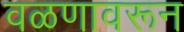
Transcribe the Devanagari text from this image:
वळणावरून